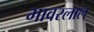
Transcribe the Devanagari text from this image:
भावरलाल